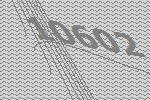
10602